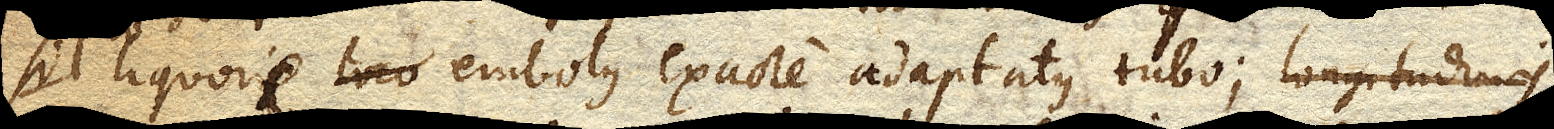
liquore embolus exacte adaptatus tubo; longitudine